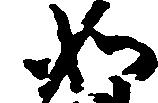
如